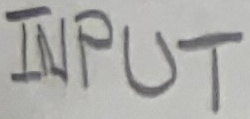
Text: INPUT